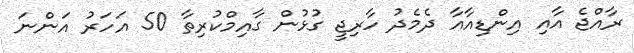
ރާއްޖެ އާއި އިންޑިއާއާ ދެމެދު ހާރިޖީ ގުޅުން ގާއިމްކުރިތާ 50 އަހަރު އަންނަ